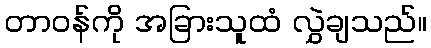
တာဝန်ကို အခြားသူထံ လွှဲချသည်။